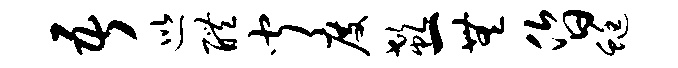
吾巡醴闻度欷一无昏蜓